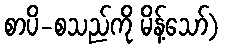
စာပိ-စသည်ကို မိန့်သော်)